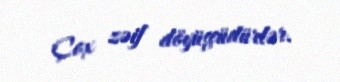
Çox zəif döyüşçüdürlər.